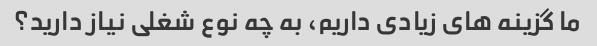
ما گزینه های زیادی داریم، به چه نوع شغلی نیاز دارید؟